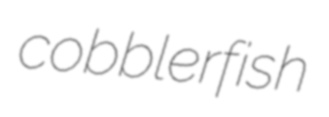
cobblerfish